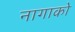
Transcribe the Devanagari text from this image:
नागाको